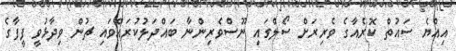
އިއްޔެ ސައުތް ކޮރެއާގެ ވެރިރަށް ސޯލްގައި ނޫސްވެރިންނާ ބައްދަލުކުރައްވައި ޗުން ވިދާޅުވީ ފީފާގެ